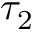
\tau _ { 2 }